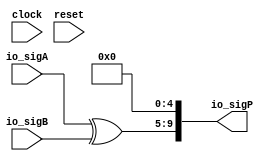
module PositMul7_1_xor(
  input        clock,
  input        reset,
  input  [4:0] io_sigA,
  input  [4:0] io_sigB,
  output [9:0] io_sigP
);
  wire [4:0] _T; // @[PositMul.scala 51:23]
  wire [4:0] _T_1; // @[PositMul.scala 51:23]
  wire [4:0] _T_2; // @[Cat.scala 29:58]
  assign _T = $signed(io_sigA) ^ $signed(io_sigB); // @[PositMul.scala 51:23]
  assign _T_1 = $signed(_T); // @[PositMul.scala 51:23]
  assign _T_2 = $unsigned(_T_1); // @[Cat.scala 29:58]
  assign io_sigP = {_T_2,5'h0}; // @[PositMul.scala 51:9]
endmodule